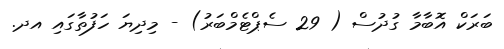
ބަރަކް އޮބާމާ ގުދުސް ( 29 ސެޕްޓެމްބަރު) - މިދިޔަ ހަފުތާގައި އދ.